Indian journal of veterinary science and animal husbandry - Volumes 15-17, 1948-1951
Year: 1948
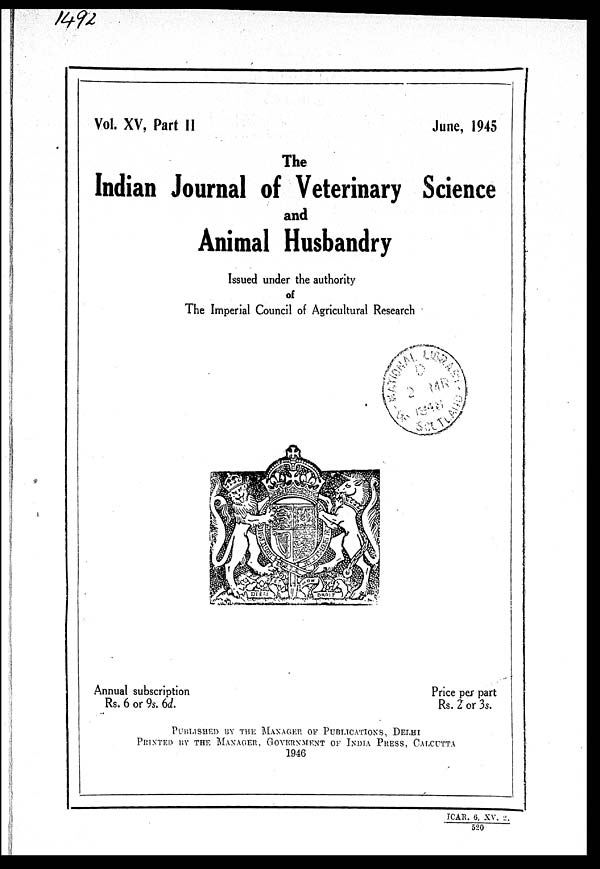
Vol. XV, Part II
June, 1945
The
Indian Journal of Veterinary Science
and
Animal Husbandry
Issued under the authority
of
The Imperial Council of Agricultural Research
Annual subscription
Rs. 6 or 9s. 6d.
Price per part
Rs. 2 or 3s.
PUBLISHED BY THE MANAGER OF PUBLICATIONS, DELHI
PRINTED BY THE MANAGER, GOVERNMENT OF INDIA PRESS, CA
1946
ICAR. 6, XV. 2.
520